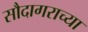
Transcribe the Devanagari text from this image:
सौदागराच्या